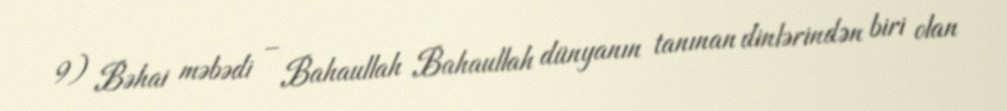
9) Bəhai məbədi – Bahaullah Bahaullah dünyanın tanınan dinlərindən biri olan